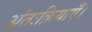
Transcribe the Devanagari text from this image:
अंतःक्रियाएँ।